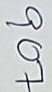
907